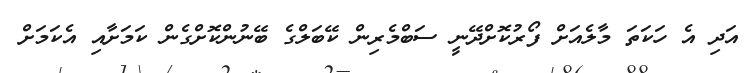
އަދި އެ ހަކަތަ މާލެއަށް ފޯރުކޮށްދޭނީ ސަބްމެރިން ކޭބަލްގެ ބޭނުންކޮށްގެން ކަމަށާއި އެކަމަށް